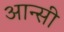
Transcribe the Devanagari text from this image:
आन्सी